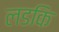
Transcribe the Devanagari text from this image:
लडकि